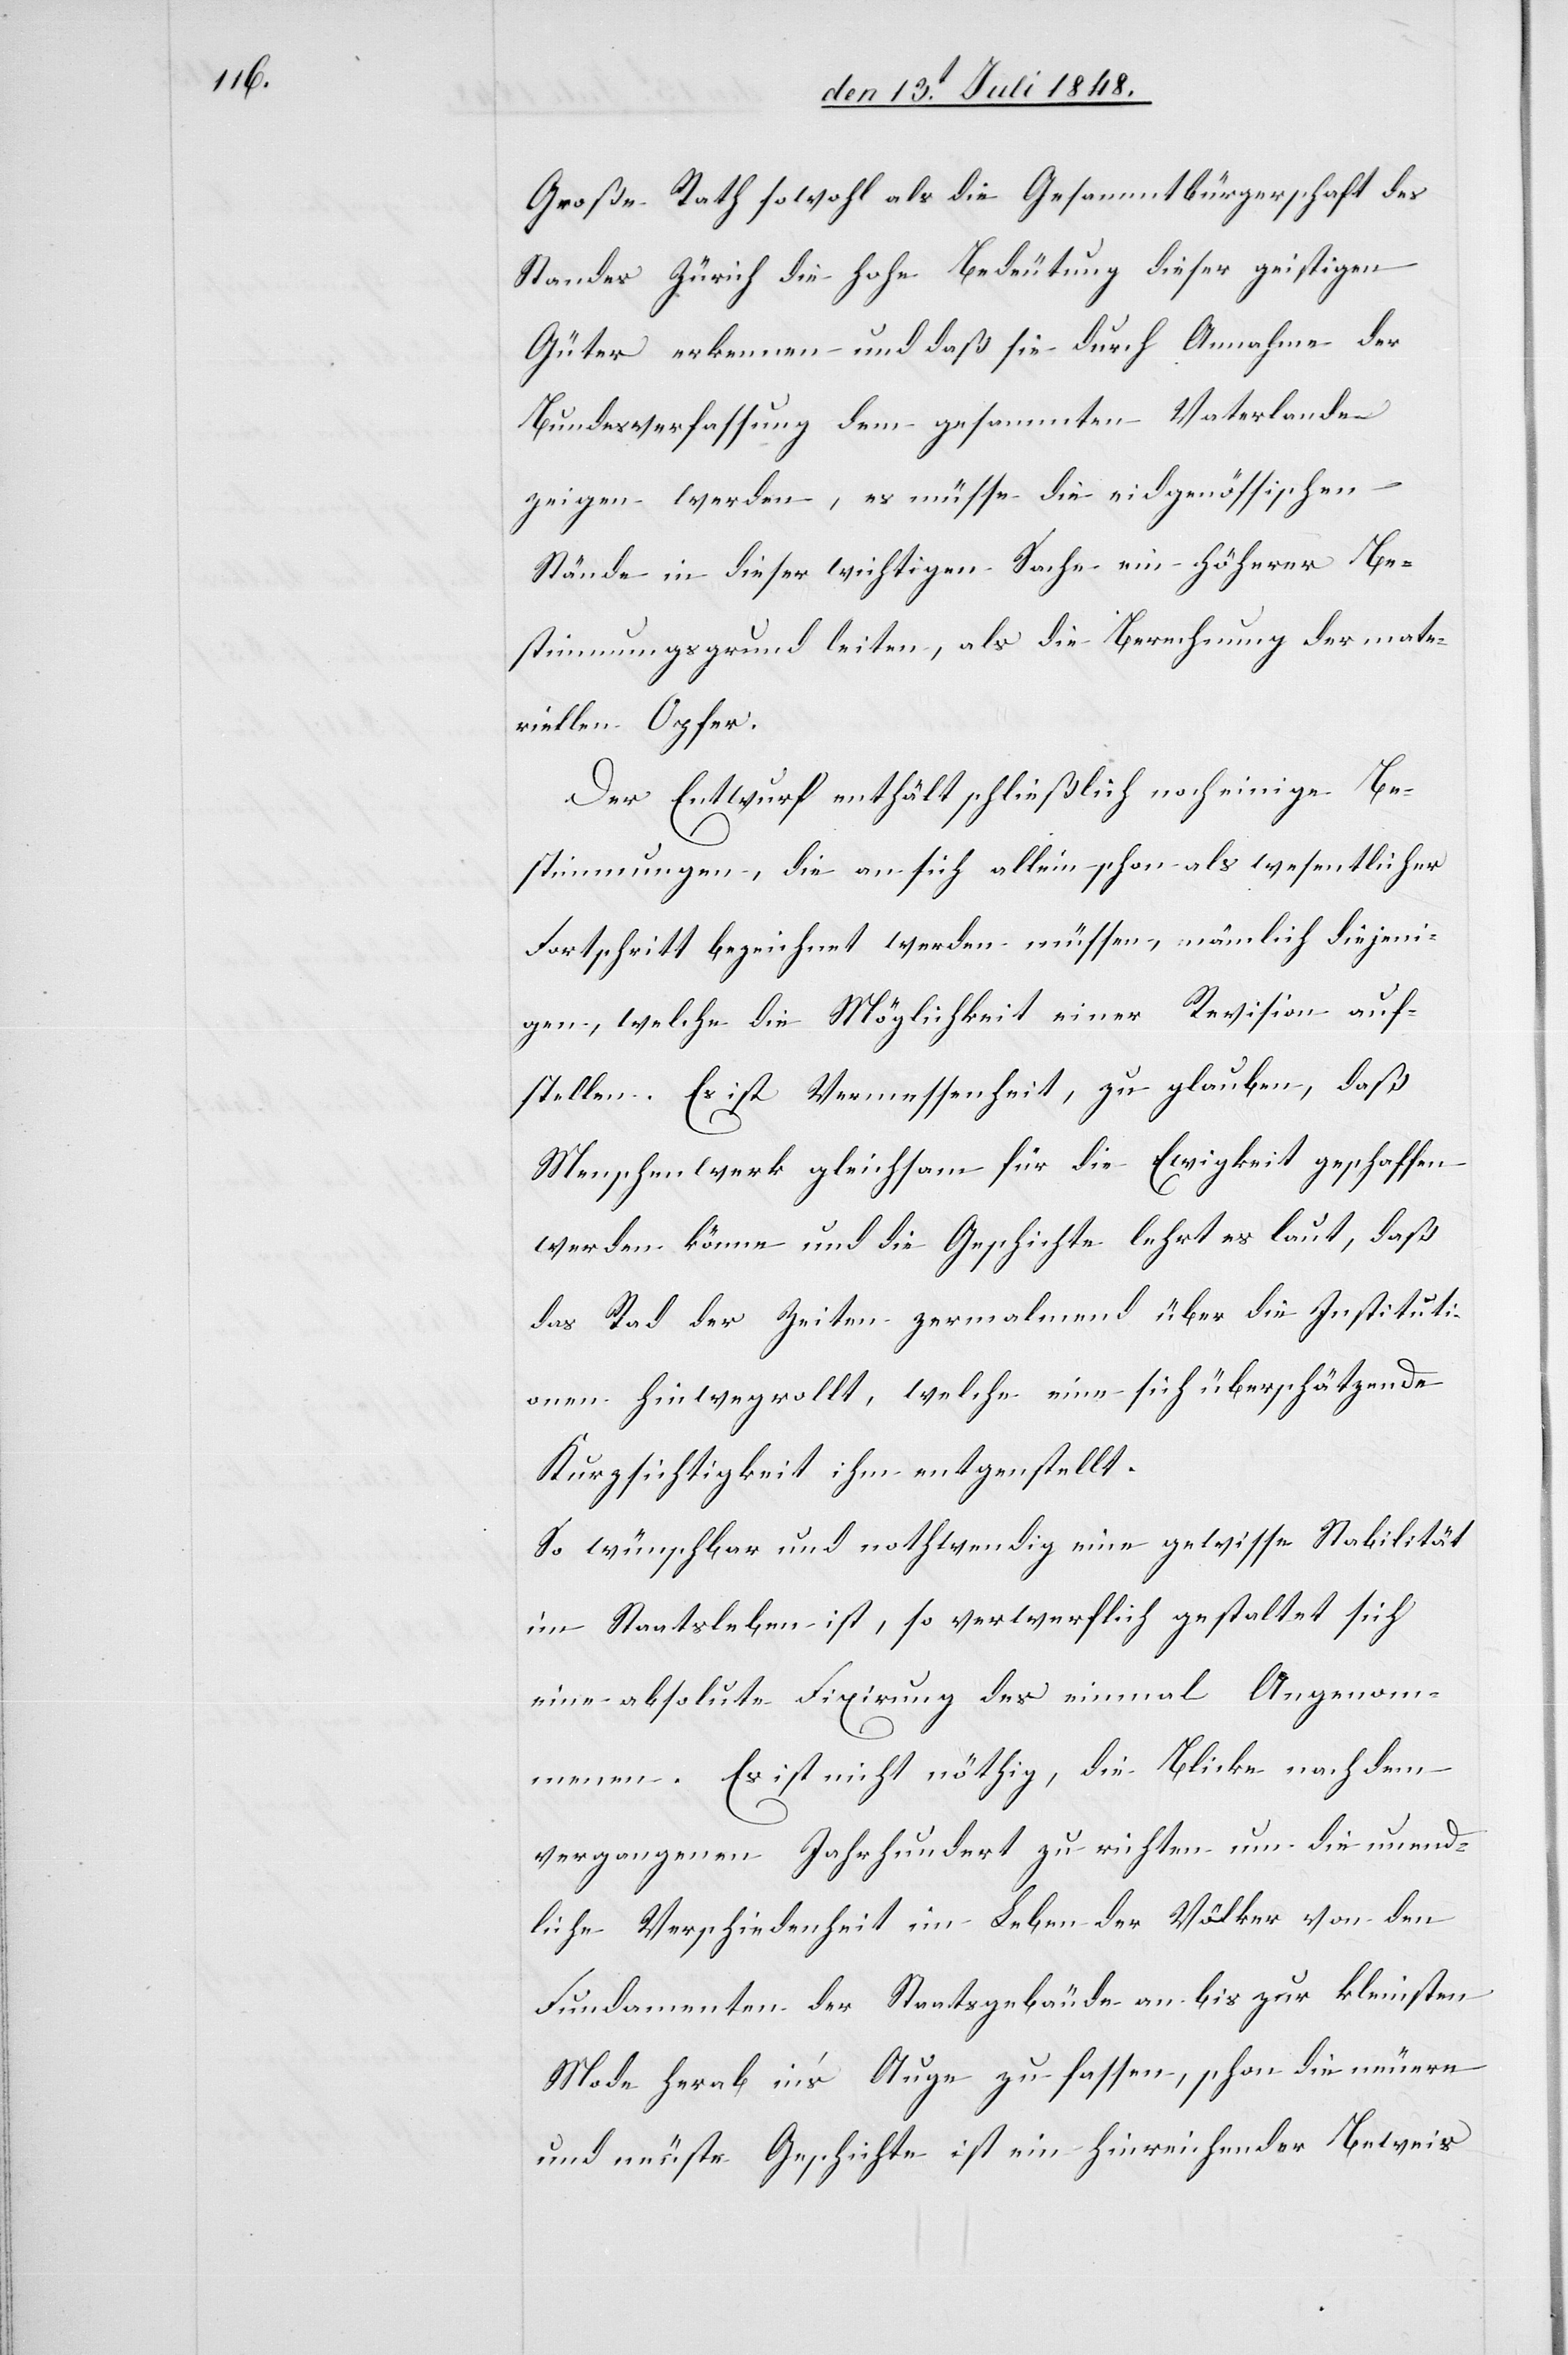
Große Rath sowohl als die Gesammtbürgerschaft des
Standes Zürich die hohe Bedeutung dieser geistigen
Güter erkennen und daß sie durch Annahme der
Bundesverfassung dem gesammten Vaterlande
zeigen werde, es müsse die eidgenössischen
Stände in dieser wichtigen Sache ein höherer Be¬
stimmungsgrund leiten, als Berechnung der mate¬
riellen Opfer.
Der Entwurf enthält schließlich noch einige Be¬
stimmungen, die an sich allein schon als wesentlicher
Fortschritt bezeichnet werden müssen, nämlich diejeni¬
gen, welche die Möglichkeit einer Revision auf¬
stellen. Es ist Vermessenheit, zu glauben, daß
Menschenwerk gleichsam für die Ewigkeit geschaffen
werden könne und die Geschichte lehrt es laut, daß
das Rad der Zeiten zermalmend über die Instituti¬
onen hinwegrollt, welche eine sich überschätzende
Kurzsichtigkeit ihm entge[ge]nstellt.
So wünschbar und nothwendig eine gewisse Stabilität
im Staatsleben ist, so verwerflich gestaltet sich
eine absolute Fixirung des einmal Angenom¬
menen. Es ist nicht nöthig, die Blicke nach dem
vergangenen Jahrhundert zu richten um die unend¬
liche Verschiedenheit im Leben der Völker von den
Fundamenten der Staatsgebäude an bis zur kleinsten
Mode herab in’s Auge zu fassen, schon die neuere
und neuste Geschichte ist ein hinreichender Beweis